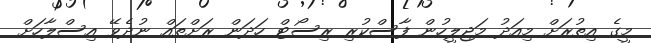
މީގެ އިތުރަށް މިއަދު މަޖިލީހުން ފާސްކުރި ރިސޯޓް ހަދަން ރަށްތައް ނުދެވޭ އިސްލާހަށް